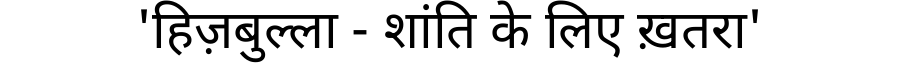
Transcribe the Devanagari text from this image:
'हिज़बुल्ला - शांति के लिए ख़तरा'